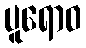
ပူရောဝ